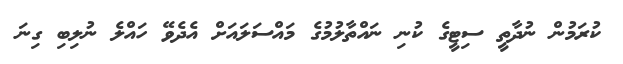
ކުރަމުން ނުދާތީ ސިޓީގެ ކުނި ނައްތާލުމުގެ މައްސަލައަށް އެދެވޭ ހައްލެ ނުލިބި ގިނަ